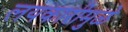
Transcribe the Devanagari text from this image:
लयकारीमुळे